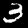
Digit: 3